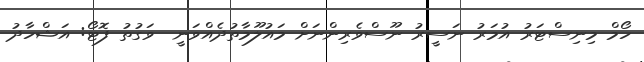
ހޯމް މިނިސްޓަރު އުމަރު ނަސީރު ނޫސްވެރިންނަށް މައުލޫމާތުދެއްވަނީ  ވަގުތު ފޮޓޯ: އަޝްހާދު